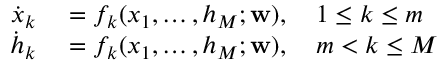
\begin{array} { r l } { \dot { x } _ { k } } & { { } = f _ { k } ( x _ { 1 } , \hdots , h _ { M } ; \mathbf { w } ) , \quad 1 \leq k \leq m } \\ { \dot { h } _ { k } } & { { } = f _ { k } ( x _ { 1 } , \hdots , h _ { M } ; \mathbf { w } ) , \quad m < k \leq M } \end{array}